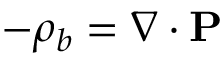
- \rho _ { b } = \nabla \cdot \mathbf { P }